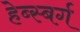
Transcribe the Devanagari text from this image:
हेब्स्बर्ग